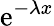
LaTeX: \mathrm{e}^{-\lambda x}